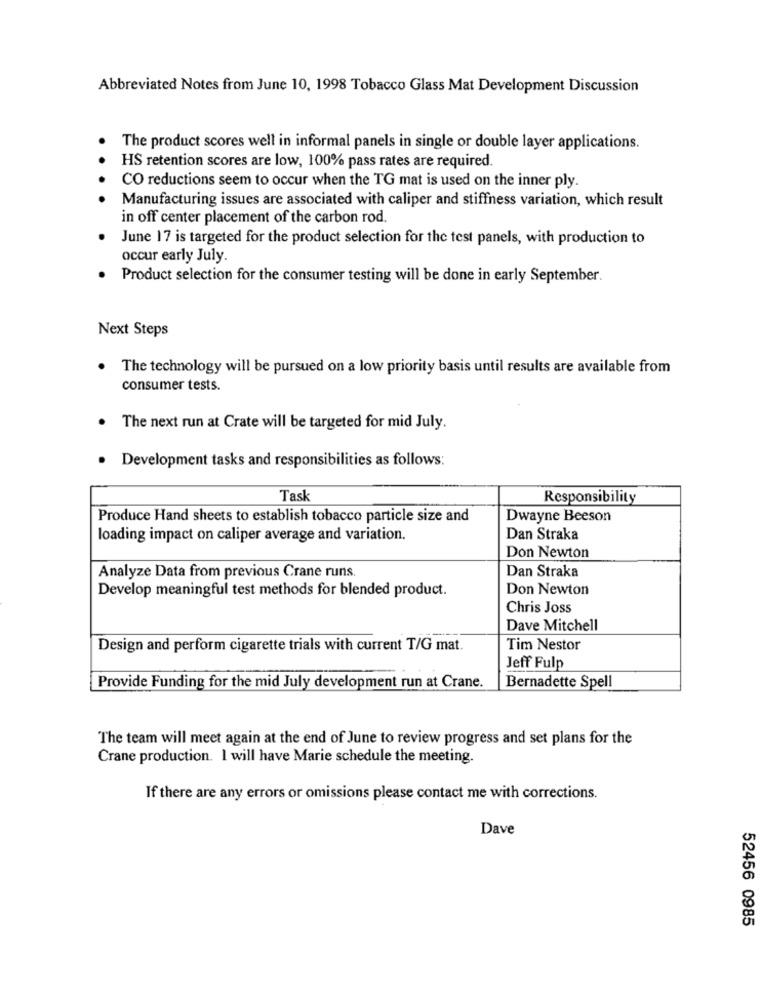
Abbreviated Notes from June 10, 1998 Tobacco Glass Mat Development Discussion
The product scores well in informal panels in single or double layer applications.
HS retention scores are low, 100% pass rates are required.
CO reductions seem to occur when the TG mat is used on the inner ply.
Manufacturing issues are associated with caliper and stiffness variation, which result
in off center placement of the carbon rod.
June 17 is targeted for the product selection for the test panels, with production to
occur early July.
. Product selection for the consumer testing will be done in early September.
Next Steps
.
The technology will be pursued on a low priority basis until results are available from
consumer tests.
The next run at Crate will be targeted for mid July.
Development tasks and responsibilities as follows:
Task
Responsibility
Produce Hand sheets to establish tobacco particle size and
Dwayne Beeson
loading impact on caliper average and variation.
Dan Straka
Don Newton
Dan Straka
Analyze Data from previous Crane runs
Develop meaningful test methods for blended product.
Don Newton
Chris Joss
Dave Mitchell
Design and perform cigarette trials with current T/G mat.
Tim Nestor
Jeff Fulp
Provide Funding for the mid July development run at Crane.
Bernadette Spell
The team will meet again at the end of June to review progress and set plans for the
Crane production. I will have Marie schedule the meeting.
If there are any errors or omissions please contact me with corrections.
Dave
52456 0985